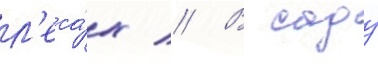
л'еса́х // В саду